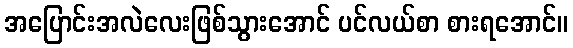
အပြောင်းအလဲလေးဖြစ်သွားအောင် ပင်လယ်စာ စားရအောင်။